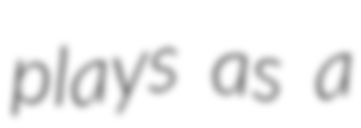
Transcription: plays as a